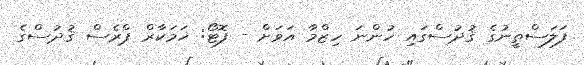
ފަލަސްތީނުގެ ޤުދުސްގައި ހުންނަ ހިޒްމާ އަވަށް - ފޮޓޯ: ޚަމަކާރް ޕްރެސް ޤުދުސްގެ